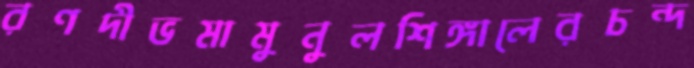
রণদীভমামুনুলশিঙ্গালেরচন্দ